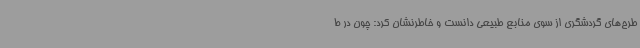
طرح‌های گردشگری از سوی منابع طبیعی دانست و خاطرنشان کرد: چون در ط